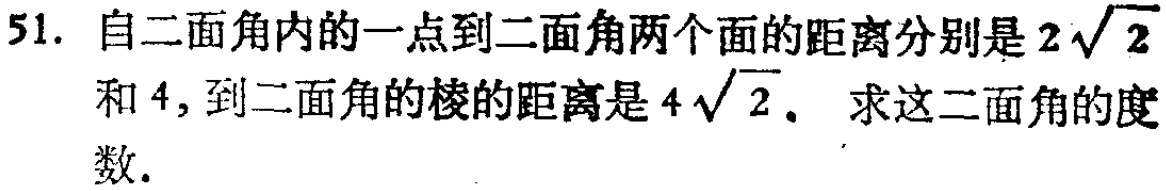
51. 自二面角内的一点到二面角两个面的距离分别是\(2\sqrt{2}\)和\(4\)，到二面角的棱的距离是\(4\sqrt{2}\)。求这二面角的度数.